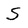
Character: S